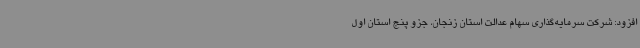
افزود: شرکت سرمایه‌گذاری سهام عدالت استان زنجان، جزو پنج استان اول